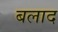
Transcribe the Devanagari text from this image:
बलाद